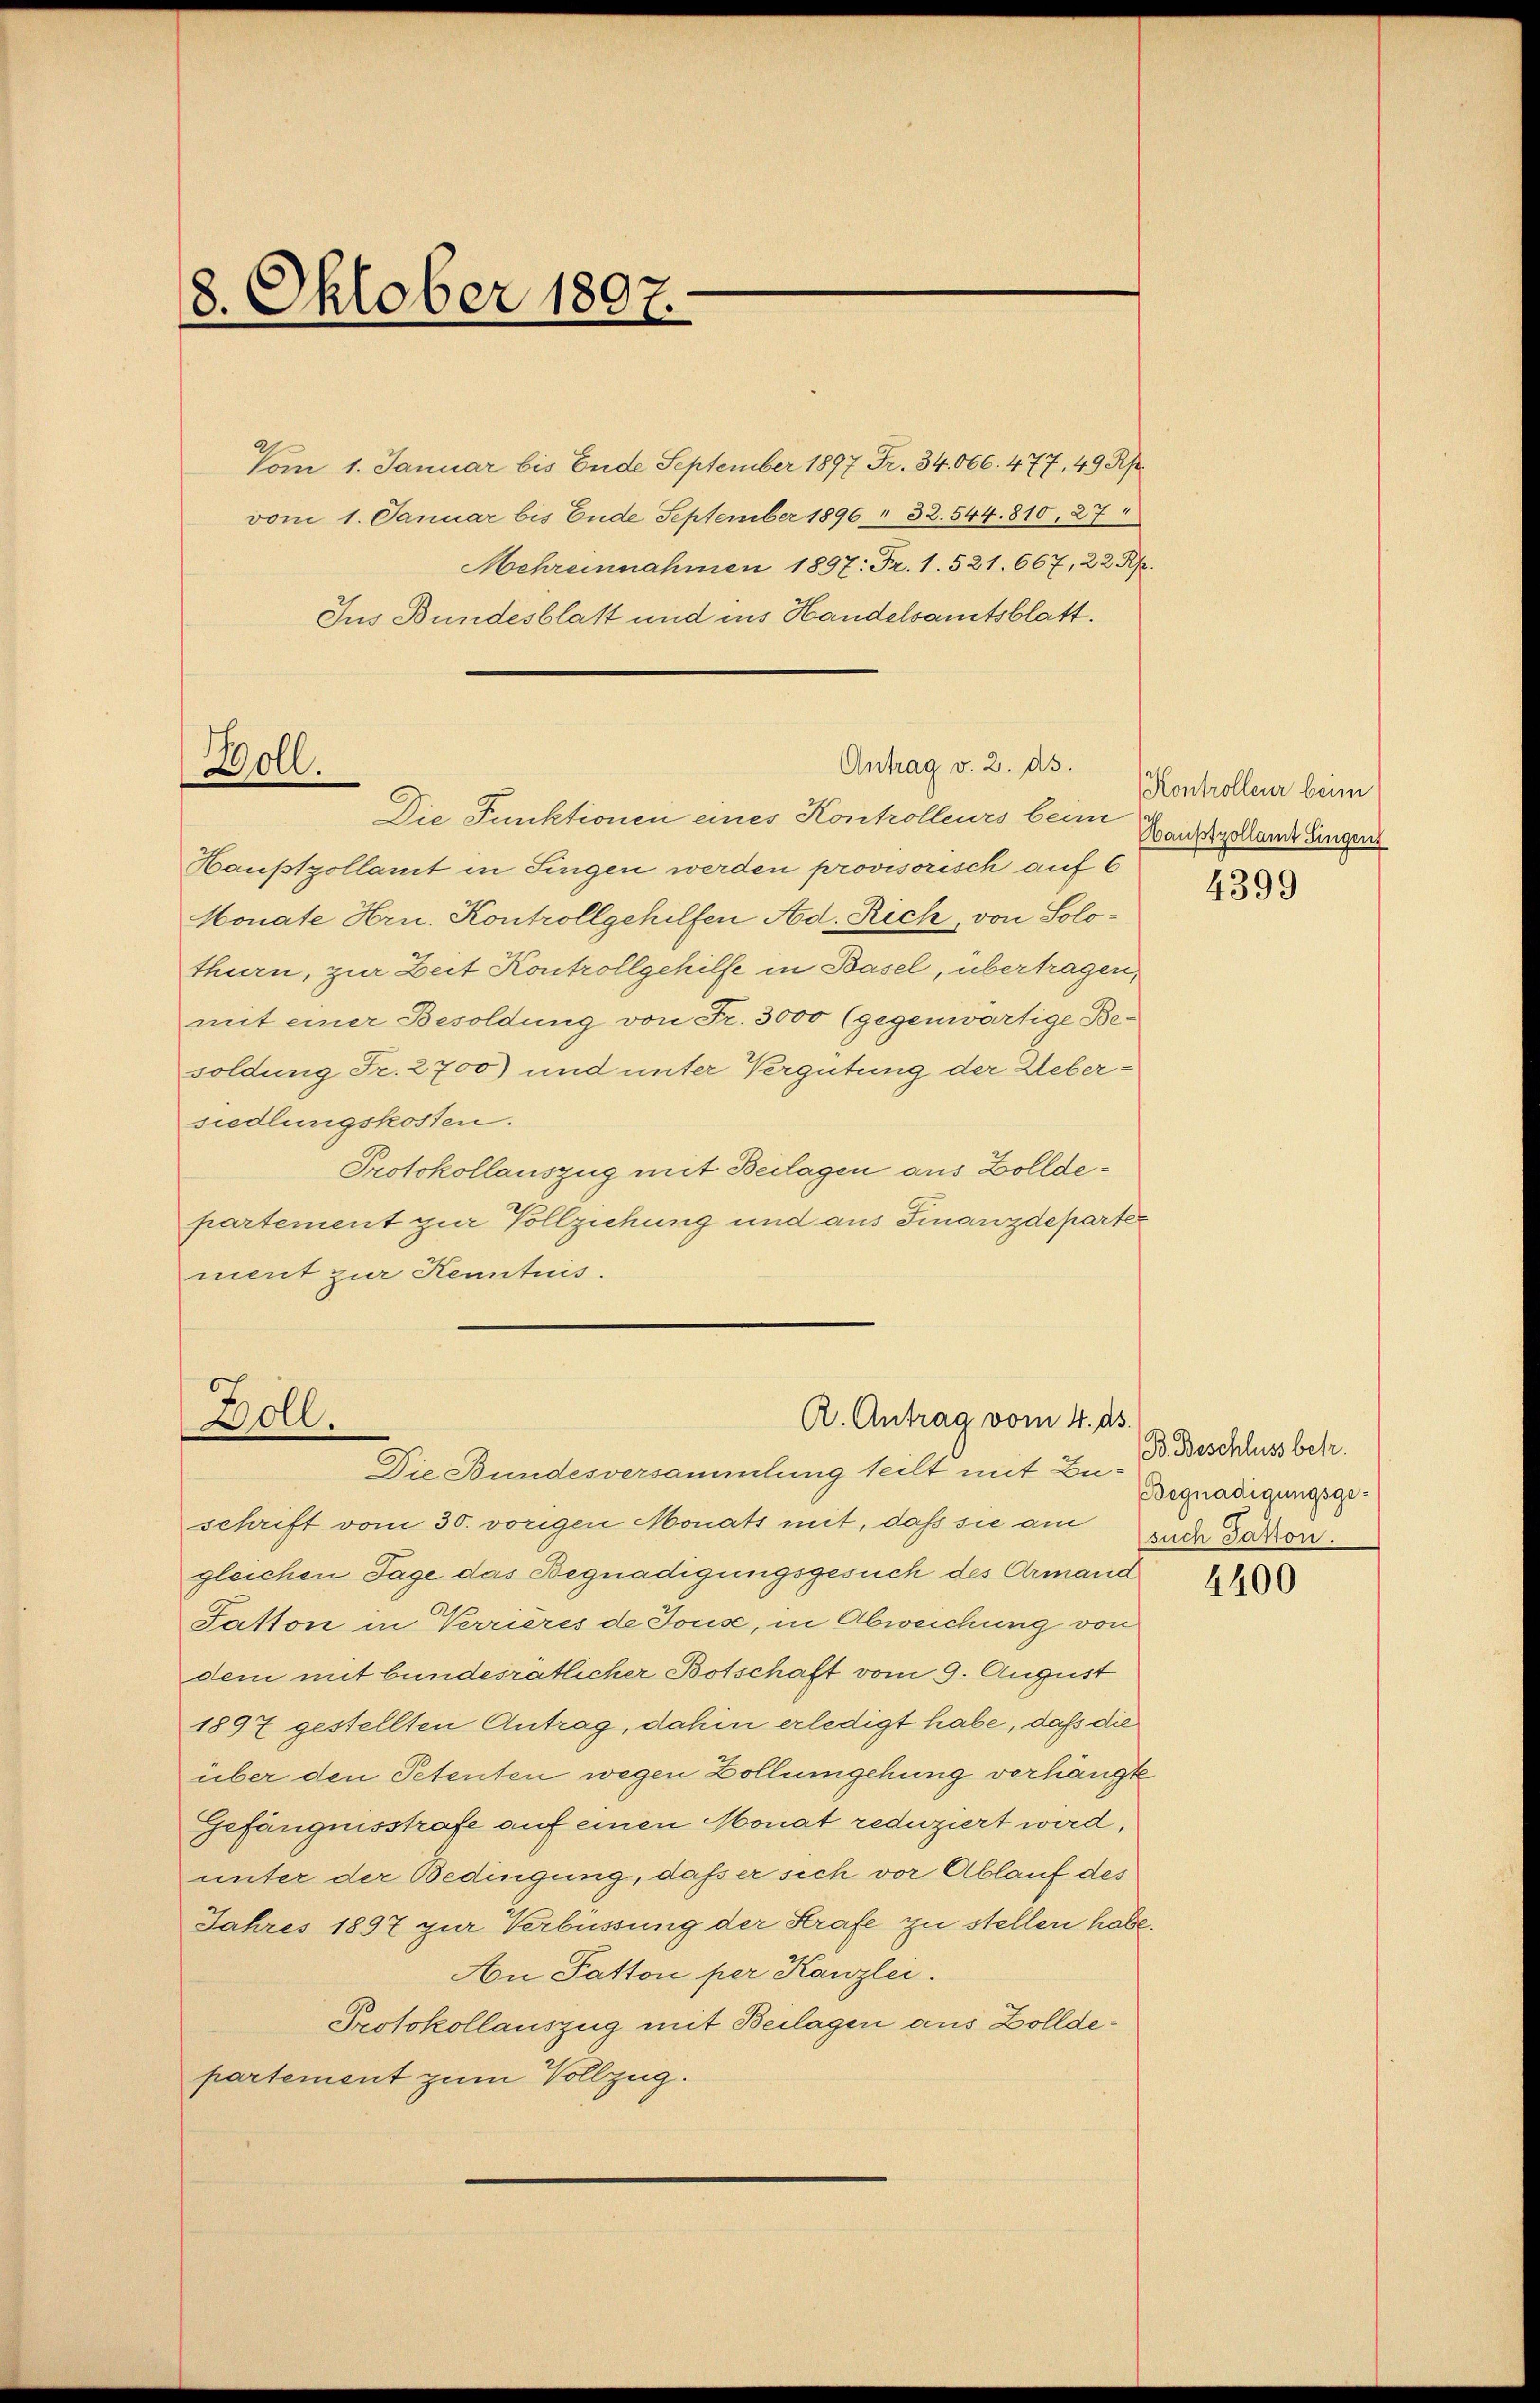
8. Oktober 1807.

Vom 1. Januar bis Ende September 1897 Fr. 34. 666. 477, 49 Rp.
vom 1. Januar bis Ende September 1896 " 32. 544. 810, 27
Jus Bundesblatt und ins Handelsamtsblatt.

Boll.

Boll.

Mehreinnahmen 1897: Fr. 1. 521. 667, 22 Rp.

Antrag v. 2. ds.

Die Punktionen eines Kontrolleurs beim
Haußtzollamt in Singen werden provisorisch auf 6
Monate Hrn. Kontrollgehilfen Ad. Rich, von Solothurn, zur Zeit Kontrollgehilfe in Basel, übertragen,
mit einer Besoldung von Fr. 3000 (gegenwärtige Be-
soldung Fr. 2700) und unter Vergütung der Uebersiedlungskosten.
Protokollauszug mit Beilagen aus Zolldepartement zur Vollziehung und aus Finanzdeparte
ment zur Kenntnis.

R. Antrag vom 4. ds.

Die Bundesversammlung teilt mit Büschrift vom 30. vorigen Monats mit, daß sie am nach Jakon.
gleichen Tage das Begnadigungsgesuch des Armand
Satton in Verrieres de Jouse, in Abweichung von
dem mit bundesrätlicher Botschaft vom 9. August
1897 gestellten Antrag, dahin erledigt habe, daß die
über den Petenten wegen Zollumgehung verhängte
Gefängnisstrafe auf einen Monat reduziert wird,
unter der Bedingung, daß er sich vor Ablauf des
Jahres 1897 zur Verbüssung der Strafe zu stellen habe.
An Patton per Kanzlei.
Protokollauszug mit Beilagen aus Zolldepartement zum Vollzug.

Kontrolleur beim
Hauptzollamt Singen

4399

B. Beschluss betr.
Begnadigungsge¬

4400